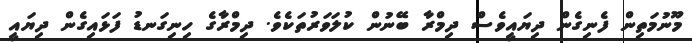
މޫނުމަތިން ފެނިިގެން ދިޔައީވެސް ދިމްރާ ބޭނުން ކުލަވަރުތަކެވެ. ދިމްރާގެ ހިނިގަނޑު ފަޅައިގެން ދިޔައީ